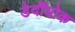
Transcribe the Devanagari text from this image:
डेर्दीयोक